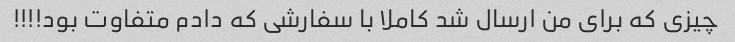
چیزی که برای من ارسال شد کاملا با سفارشی که دادم متفاوت بود!!!!